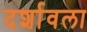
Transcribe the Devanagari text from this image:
दर्शावला